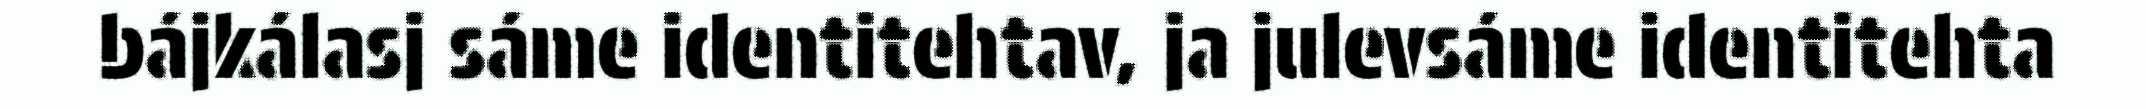
bájkálasj sáme identitehtav, ja julevsáme identitehta